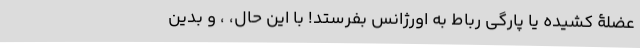
عضلۀ کشیده یا پارگی رباط به اورژانس بفرستد! با این حال، ، و بدین